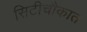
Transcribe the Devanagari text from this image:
सिटीचौकात